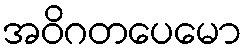
အဝိဂတပေမော